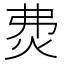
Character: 𤇝